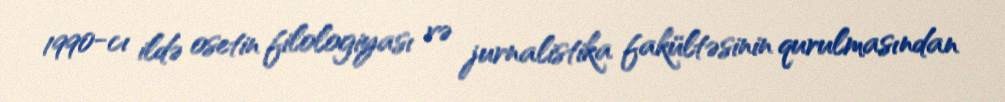
1990-cı ildə osetin filologiyası və jurnalistika fakültəsinin qurulmasından